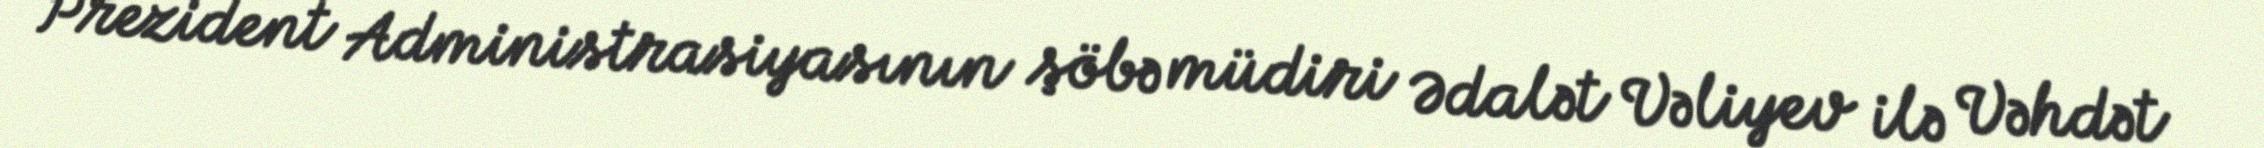
Prezident Administrasiyasının şöbə müdiri Ədalət Vəliyev ilə Vəhdət